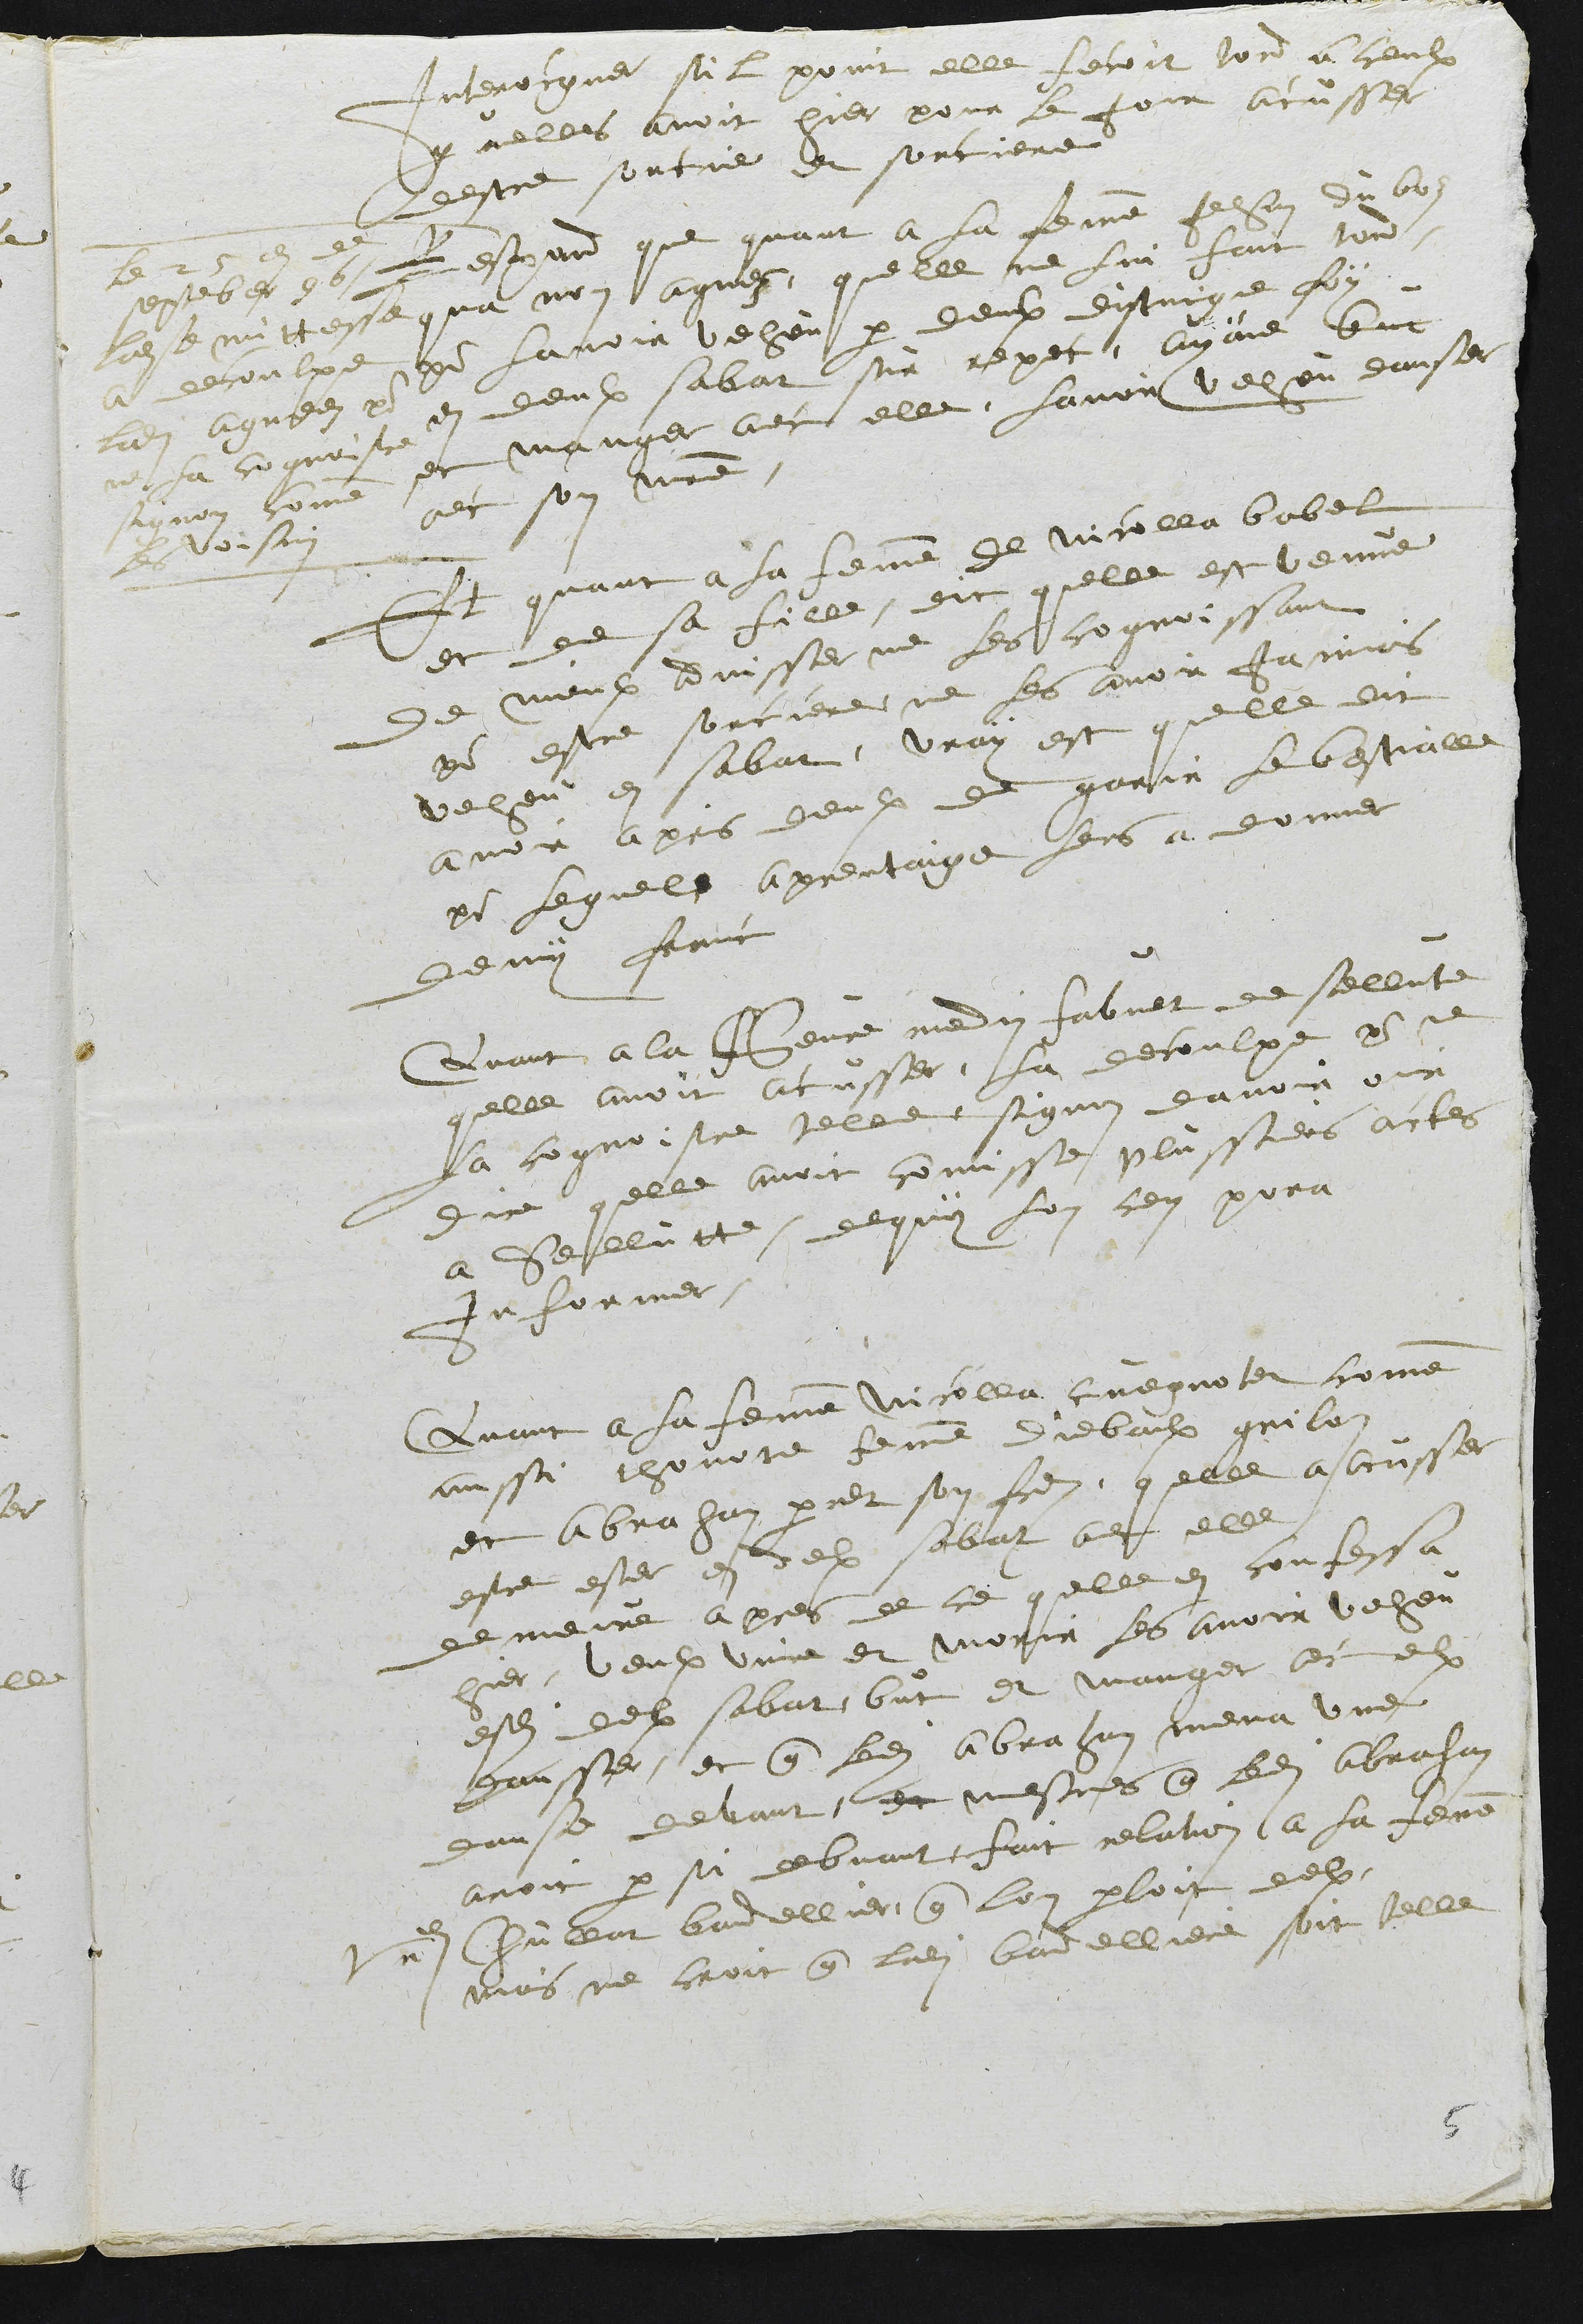
Interocguer sil point elle feroit tord a ceulx
quelles avoit hier pour le jour acusser
destre sorcie et sorciere
Respond que quant a la femme Jehan du boz
qua nom agnez, quelle ne lui fait tord
pour lavoir veheu par deulx distingue foy
en deulx sabat sur repec, ayant but
et manger avec elle, lavoir veheu danser
avec son maitre.
Le 25e de
september 96
ladite mittesse
a decoulpe
ladite Agnees pour
ne la cognoistre
signon comme
les voisins
Et quant a la femme de nicolla babel
et de sa fille, dit quelle est venue
de mieulx advisser ne les cognoissant
pour estre sorciere ne les avoir jamais
veheu en sabat, vray est quelle dit
avoir apris deulx de garir le bestialle
pour lequel apprentaige leurs a donner
demy franc
Quant a la Clemence ruedin fabvet de sellute
quelle avoit acusser, la decoulpe pour ce
la cognoistre telle signon davoir ouir
dire quelle avoit comisse plussieurs actes
a Sellutte, de quoy lon cen pora
Informer
Quant a la femme Nicolla cuegnotet comme
aussi thonote femme diebaulx grilon
et Abraham parret son frere quelle a acusser
estre ester en deulx sabat avec elle
demeure apres de ce quelle en confessa
hier, veulx vivre et morir les avoir veheu
esdits deulx sabat, but et manger avec eulx
dansser, et que ledit Abraham mena une
danse devant, et mesmes que ledit Abraham
avoit par si debvoit fait relation a la femme
Ursanne Chullat bandellier que lon parloit deulx
mais ne croit que ladite bandelliere soit telle

5